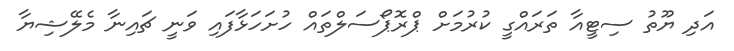
އަދި ޔޫތު ސިޓީއާ ތަރައްގީ ކުރުމަށް ޕްރޮޕޯސަލްތައް ހުށަހަޅާފައި ވަނީ ޗައިނާ މެލޭޝިޔާ